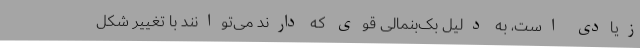
زیادی است، به دلیل بک‌بنمالی قوی که دارند می‌توانند با تغییر شکل